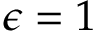
\epsilon = 1